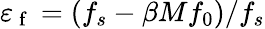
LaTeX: \varepsilon_{\mathrm{~f~}}=(f_{s}-\beta Mf_{0})/f_{s}